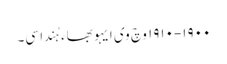
١٩٠٠-١٩١٠ وچ وی ایہو بھاء ہُندا سی۔